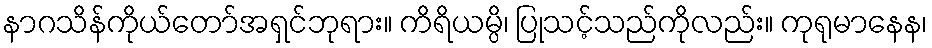
နာဂသိန်ကိုယ်တော်အရှင်ဘုရား။ ကိရိယမ္ပိ၊ ပြုသင့်သည်ကိုလည်း။ ကုရုမာနေန၊